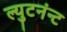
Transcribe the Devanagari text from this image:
ल्युटनंन्ट